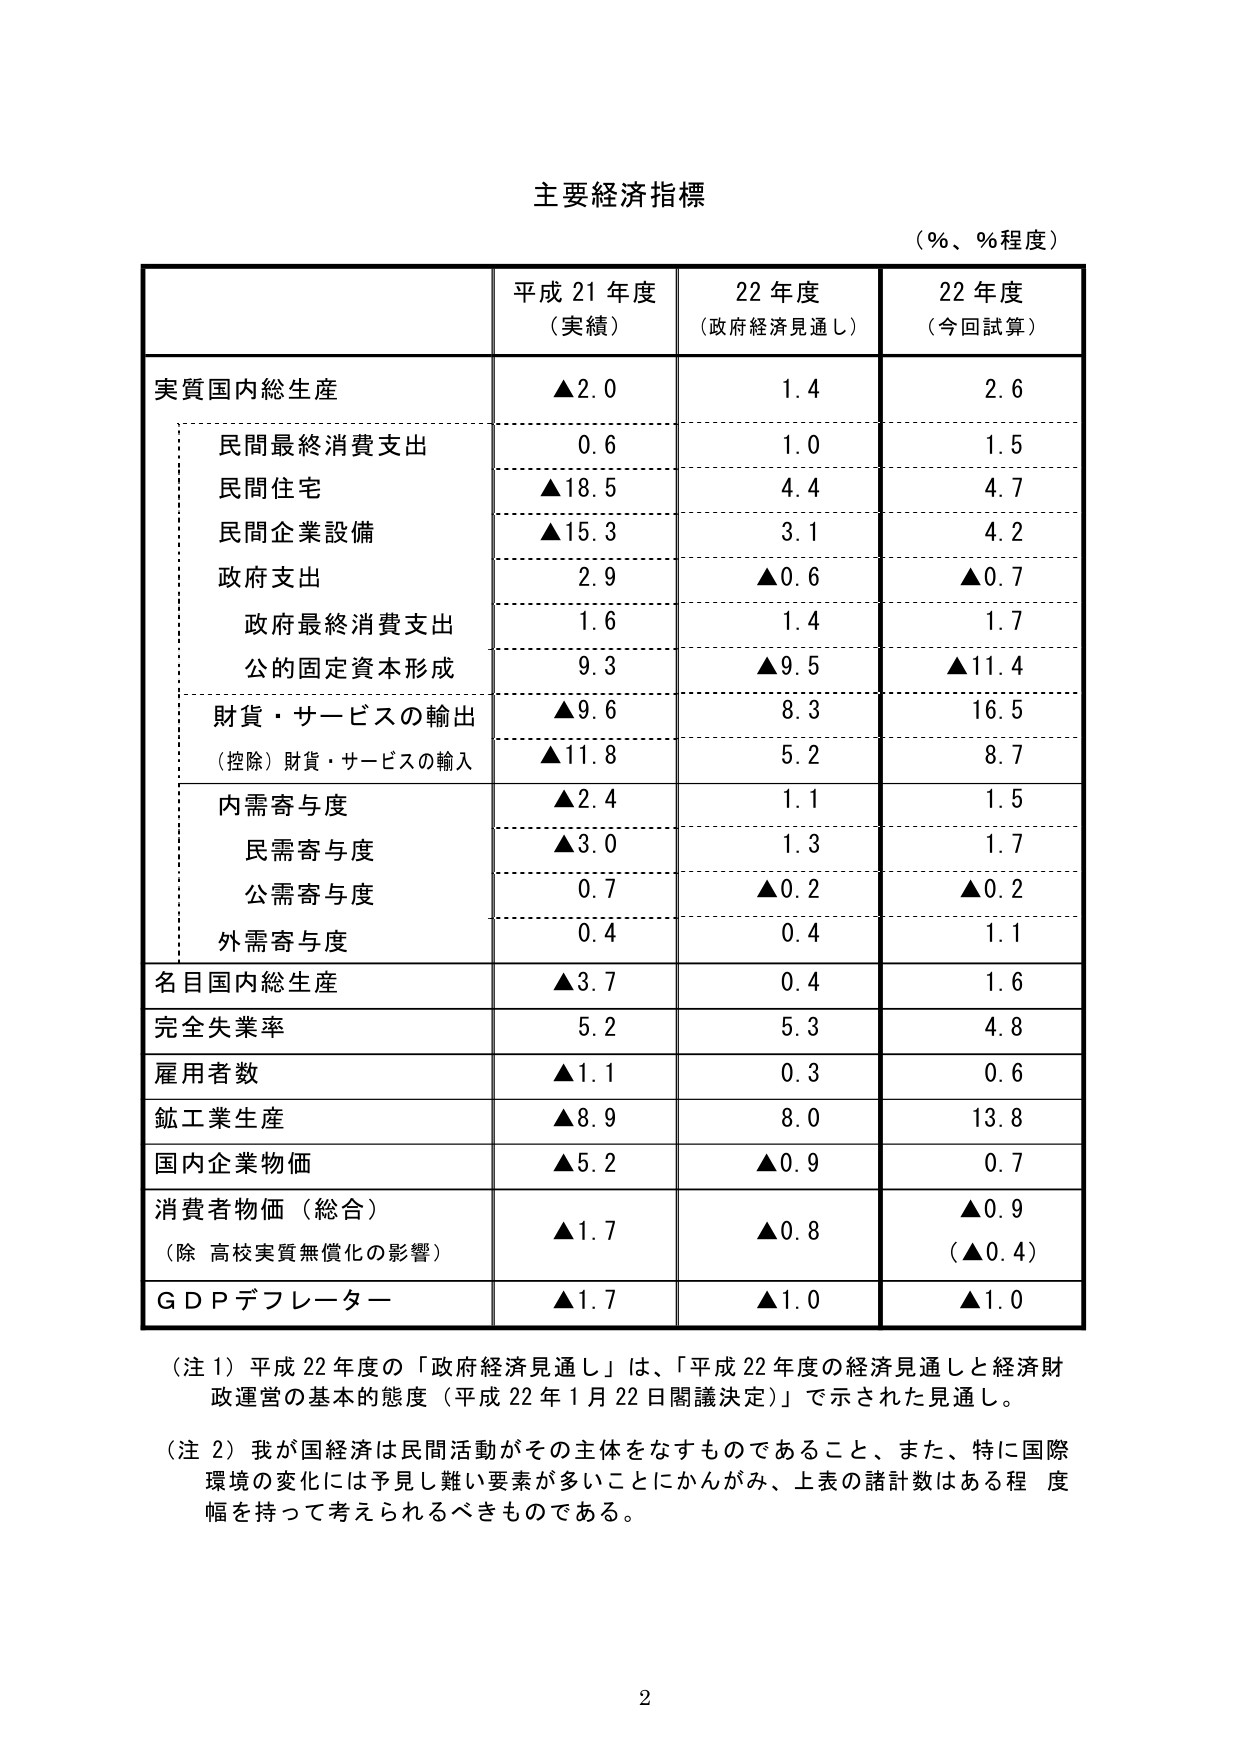
主要経済指標
（％、％程度）

平成 21 年度
（実績）
22 年度
（政府経済見通し）
22 年度
（今回試算）

実質国内総生産
▲2.0
1.4
2.6

　民間最終消費支出
0.6
1.0
1.5

　民間住宅
▲18.5
4.4
4.7

　民間企業設備
▲15.3
3.1
4.2

　政府支出
2.9
▲0.6
▲0.7

　　政府最終消費支出
1.6
1.4
1.7

　　公的固定資本形成
9.3
▲9.5
▲11.4

　財貨・サービスの輸出
▲9.6
8.3
16.5

　（控除）財貨・サービスの輸入
▲11.8
5.2
8.7

　内需寄与度
▲2.4
1.1
1.5

　　民需寄与度
▲3.0
1.3
1.7

　　公需寄与度
0.7
▲0.2
▲0.2

　　外需寄与度
0.4
0.4
1.1

名目国内総生産
▲3.7
0.4
1.6

完全失業率
5.2
5.3
4.8

雇用者数
▲1.1
0.3
0.6

鉱工業生産
▲8.9
8.0
13.8

国内企業物価
▲5.2
▲0.9
0.7

消費者物価（総合）
▲1.7
▲0.8
▲0.9
（除 高校実質無償化の影響）
（▲0.4）

ＧＤＰデフレーター
▲1.7
▲1.0
▲1.0

（注 1）平成 22 年度の「政府経済見通し」は、「平成 22 年度の経済見通しと経済財政運営の基本的態度（平成 22 年 1 月 22 日閣議決定）」で示された見通し。

（注 2）我が国経済は民間活動がその主体をなすものであること、また、特に国際環境の変化には予見し難い要素が多いことにかんがみ、上表の諸計数はある程度幅を持って考えられるべきものである。

2